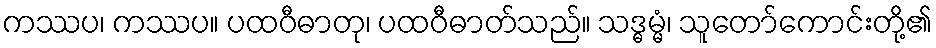
ကဿပ၊ ကဿပ။ ပထဝီဓာတု၊ ပထဝီဓာတ်သည်။ သဒ္ဓမ္မံ၊ သူတော်ကောင်းတို့၏